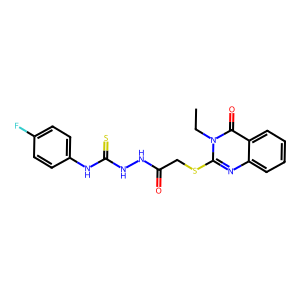
SMILES: CCn1c(SCC(=O)NNC(=S)Nc2ccc(F)cc2)nc2ccccc2c1=O
Inhibits HIV replication: No